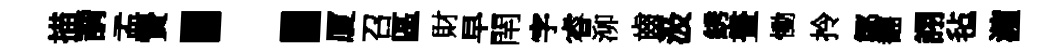
描謂孟贄：厦召區財早閈字睿泖齒汲綉晝慟拎鄒翻詡毡瀧